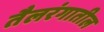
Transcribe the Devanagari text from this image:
तैलरंगातील